Cholera in India, 1862 to 1881
Year: 1862
Disease focus: Cholera
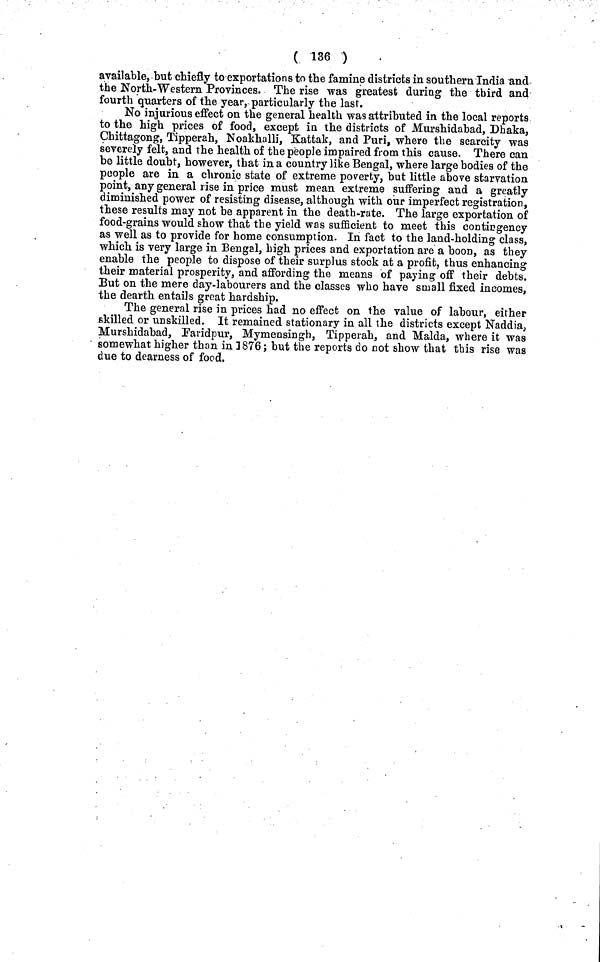
( 136 )
available, but chiefly to exportations to the famine districts in southern India and
the North-Western Provinces. The rise was greatest during the third and
fourth quarters of the year, particularly the last.
No injurious effect on the general health was attributed in the local reports
to the high prices of food, except in the districts of Murshidabad, Dhaka,
Chittagong, Tipperah, Noakholli, Kattak, and Puri, where the scarcity was
severely felt, and the health of the people impaired from this cause. There can
be little doubt, however, that in a country like Bengal, where large bodies of the
people are in a chronic state of extreme poverty, but little above starvation
point, any general rise in price must mean extreme suffering and a greatly
diminished power of resisting disease, although with our imperfect registration,
these results may not be apparent in the death-rate. The large exportation of
food-grains would show that the yield was sufficient to meet this contingency
as well as to provide for home consumption. In fact to the land-holding class,
which is very large in Bengal, high prices and exportation are a boon, as they
enable the people to dispose of their surplus stock at a profit, thus enhancing
their material prosperity, and affording the means of paying off their debts.
But on the mere day-labourers and the classes who have small fixed incomes,
the dearth entails great hardship.
The general rise in prices had no effect on the value of labour, either
skilled or unskilled. It remained stationary in all the districts except Naddia,
Murshidabad, Faridpur, Mymensingh, Tipperah, and Malda, where it was
somewhat higher than in 1876; but the reports do not show that this rise was
due to dearness of food.